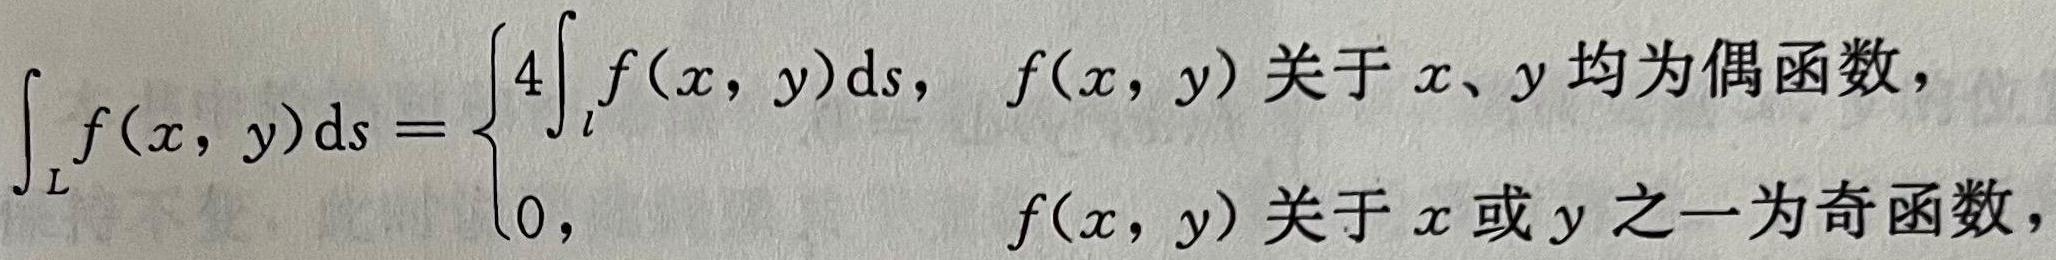
\[
\int_{L} f(x, y) \mathrm{d}s= \begin{cases}
4\int_{l} f(x, y) \mathrm{d}s, & f(x, y) \text{ 关于 } x、y \text{ 均为偶函数}, \\
0, & f(x, y) \text{ 关于 } x \text{ 或 } y \text{ 之一为奇函数}
\end{cases}
\]